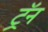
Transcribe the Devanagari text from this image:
ट्रॅन